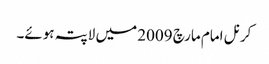
کرنل امام مارچ 2009 میں لاپتہ ہوئے۔